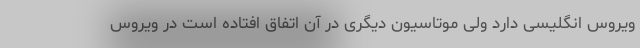
ویروس انگلیسی دارد ولی موتاسیون دیگری در آن اتفاق افتاده است در ویروس